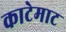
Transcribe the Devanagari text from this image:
काटेमाट